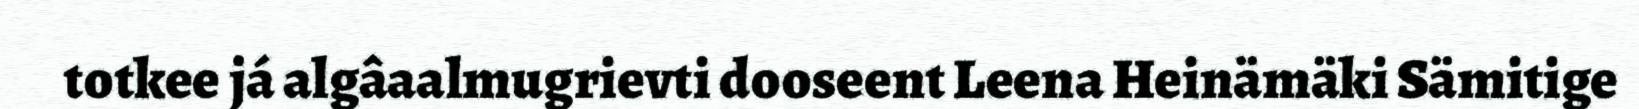
totkee já algâaalmugrievti dooseent Leena Heinämäki Sämitige